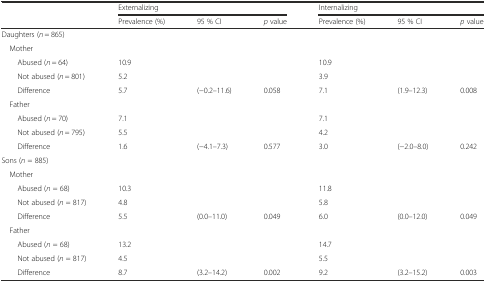
<table><thead><tr><td rowspan="2"></td><td colspan="3"><b>Externalizing</b></td><td colspan="3"><b>Internalizing</b></td></tr><tr><td><b>Prevalence (%)</b></td><td><b>95 % CI</b></td><td><b><i>p</i> value</b></td><td><b>Prevalence (%)</b></td><td><b>95 % CI</b></td><td><b><i>p</i> value</b></td></tr></thead><tbody><tr><td colspan="7">Daughters (<i>n</i> = 865)</td></tr><tr><td colspan="7"> Mother</td></tr><tr><td>Abused (<i>n</i> = 64)</td><td>10.9</td><td></td><td></td><td>10.9</td><td></td><td></td></tr><tr><td>Not abused (<i>n</i> = 801)</td><td>5.2</td><td></td><td></td><td>3.9</td><td></td><td></td></tr><tr><td>Difference</td><td>5.7</td><td>(−0.2–11.6)</td><td>0.058</td><td>7.1</td><td>(1.9–12.3)</td><td>0.008</td></tr><tr><td colspan="7"> Father</td></tr><tr><td>Abused (<i>n</i> = 70)</td><td>7.1</td><td></td><td></td><td>7.1</td><td></td><td></td></tr><tr><td>Not abused (<i>n</i> = 795)</td><td>5.5</td><td></td><td></td><td>4.2</td><td></td><td></td></tr><tr><td>Difference</td><td>1.6</td><td>(−4.1–7.3)</td><td>0.577</td><td>3.0</td><td>(−2.0–8.0)</td><td>0.242</td></tr><tr><td colspan="7">Sons (<i>n</i> = 885)</td></tr><tr><td colspan="7"> Mother</td></tr><tr><td>Abused (<i>n</i> = 68)</td><td>10.3</td><td></td><td></td><td>11.8</td><td></td><td></td></tr><tr><td>Not abused (<i>n</i> = 817)</td><td>4.8</td><td></td><td></td><td>5.8</td><td></td><td></td></tr><tr><td>Difference</td><td>5.5</td><td>(0.0–11.0)</td><td>0.049</td><td>6.0</td><td>(0.0–12.0)</td><td>0.049</td></tr><tr><td colspan="7"> Father</td></tr><tr><td>Abused (<i>n</i> = 68)</td><td>13.2</td><td></td><td></td><td>14.7</td><td></td><td></td></tr><tr><td>Not abused (<i>n</i> = 817)</td><td>4.5</td><td></td><td></td><td>5.5</td><td></td><td></td></tr><tr><td>Difference</td><td>8.7</td><td>(3.2–14.2)</td><td>0.002</td><td>9.2</td><td>(3.2–15.2)</td><td>0.003</td></tr></tbody></table>